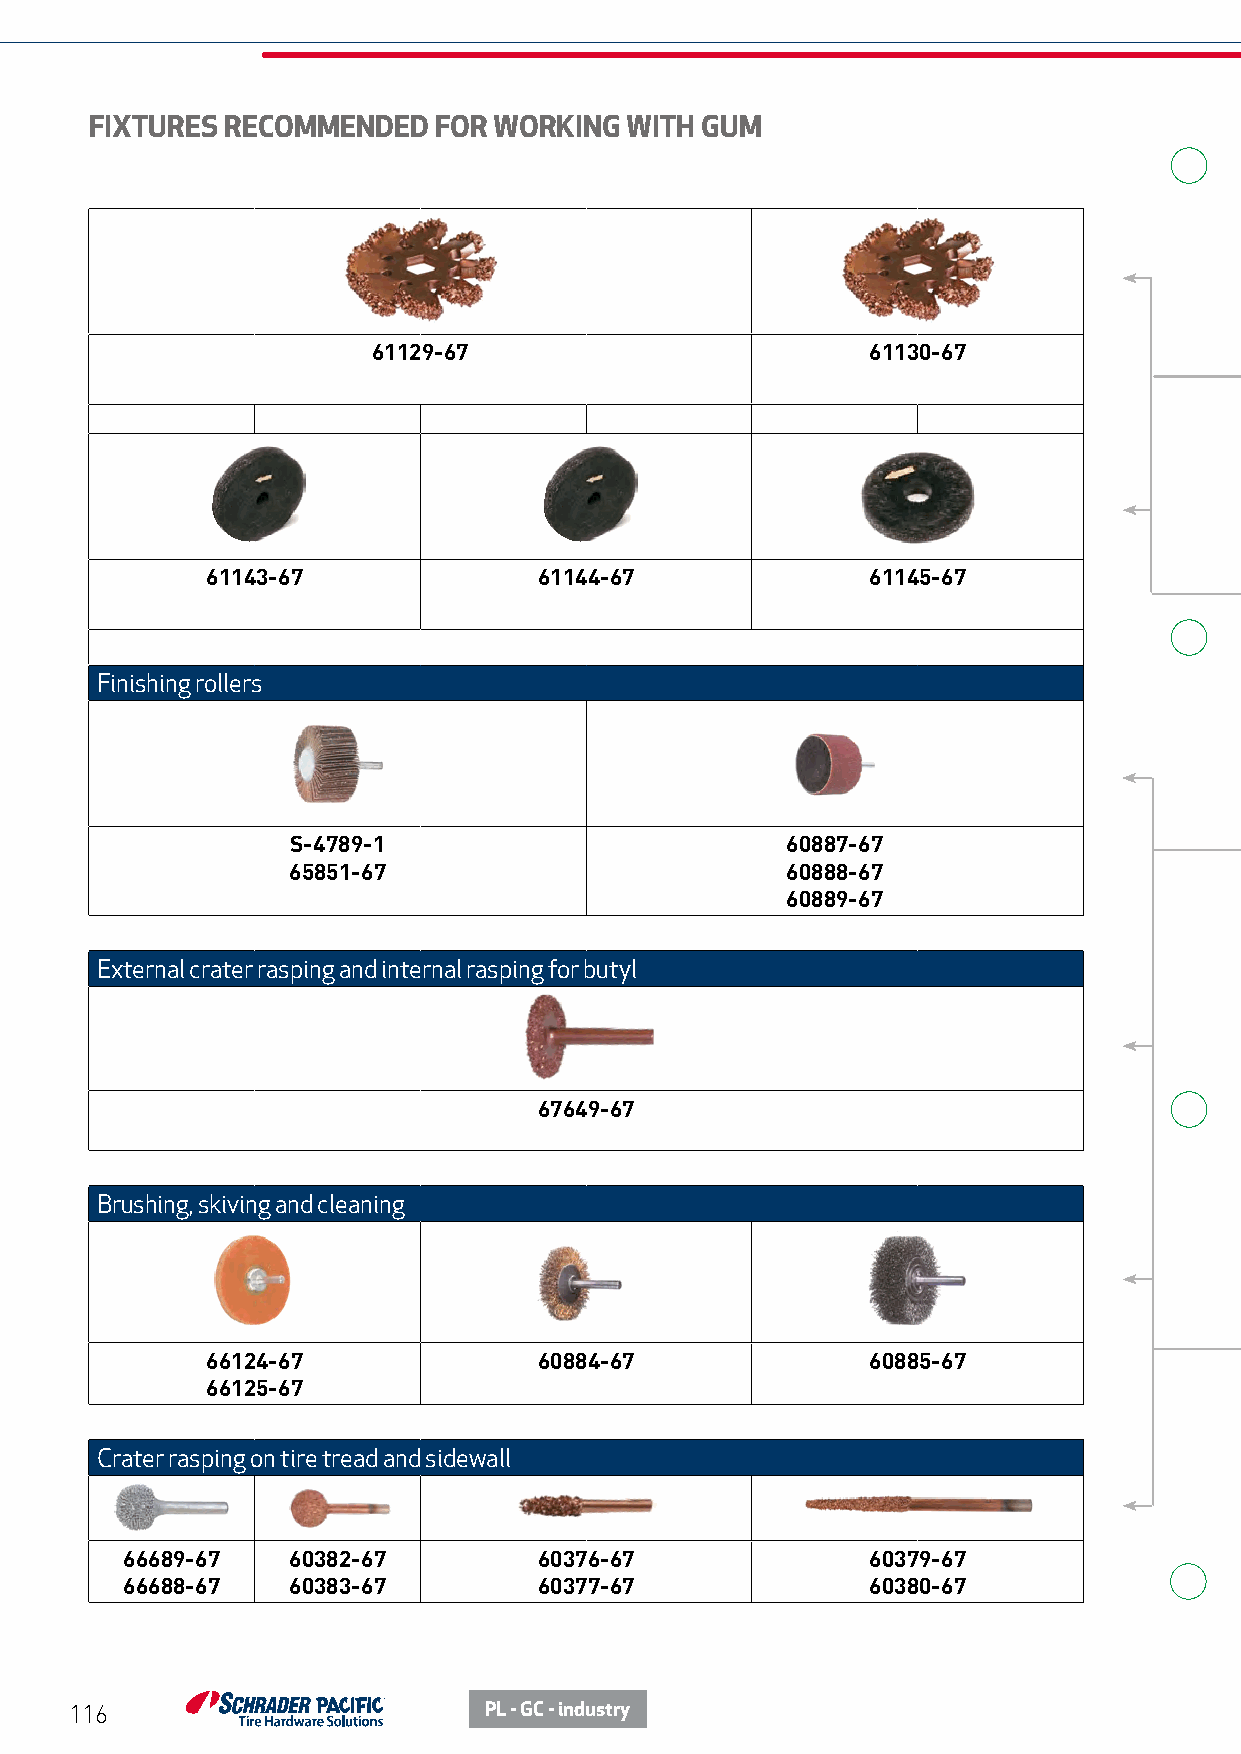
FIXTURES RECOMMENDED   FOR WORKING WITH GUM
 61129-67                         61130-67
 61143-67              61144-67              61145-67
 Finishing rollers
 S-4789-1                         60887-67
 65851-67                         60888-67
 60889-67
 External crater rasping and internal rasping for butyl
 67649-67
 Brushing, skiving and cleaning
 66124-67              60884-67              60885-67
 66125-67
 Crater rasping on tire tread and sidewall
 66689-67   60382-67         60376-67              60379-67
 66688-67   60383-67         60377-67              60380-67
 116                        PL - GC - industry